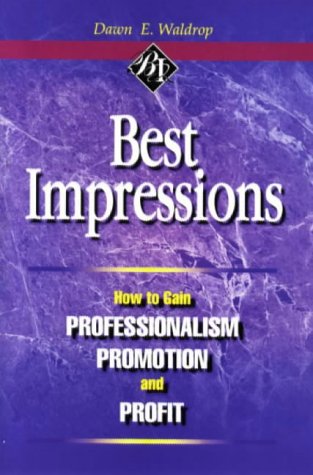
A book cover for Best Impressions: How to Gain Professionalism, Promotion and Profit; Dawn E. Waldrop; Business & Money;